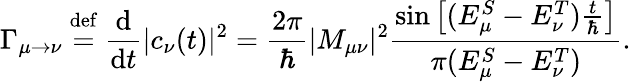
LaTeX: \Gamma_{\mu\to\nu}\ {\overset{\mathrm{def}}{=}}\ {\frac{\mathrm{d}}{\mathrm{d}t}}|c_{\nu}(t)|^{2}={\frac{2\pi}{\hbar}}|M_{\mu\nu}|^{2}{\frac{\sin{\big[}(E_{\mu}^{S}-E_{\nu}^{T}){\frac{t}{\hbar}}{\big]}}{\pi(E_{\mu}^{S}-E_{\nu}^{T})}}.